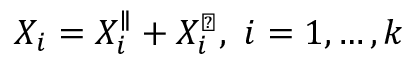
X _ { i } = X _ { i } ^ { \parallel } + X _ { i } ^ { \perp } , \ i = 1 , \ldots , k